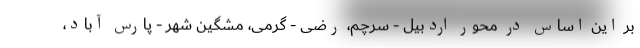
بر این اساس در محور اردبیل - سرچم، رضی - گرمی، مشگین شهر - پارس آباد،